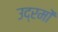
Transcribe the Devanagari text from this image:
उद्रमों